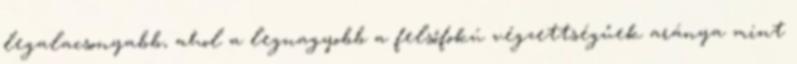
legalacsonyabb, ahol a legnagyobb a felsőfokú végzettségűek aránya mint